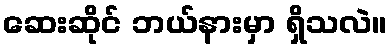
ဆေးဆိုင် ဘယ်နားမှာ ရှိသလဲ။